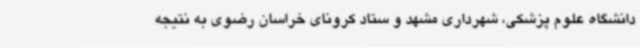
دانشگاه علوم پزشکی، شهرداری مشهد و ستاد کرونای خراسان رضوی به نتیجه